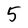
Character: 5